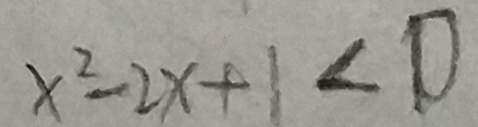
x ^ { 2 } - 2 x + 1 < 0